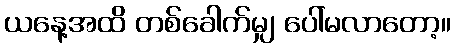
ယနေ့အထိ တစ်ခေါက်မျှ ပေါ်မလာတော့။